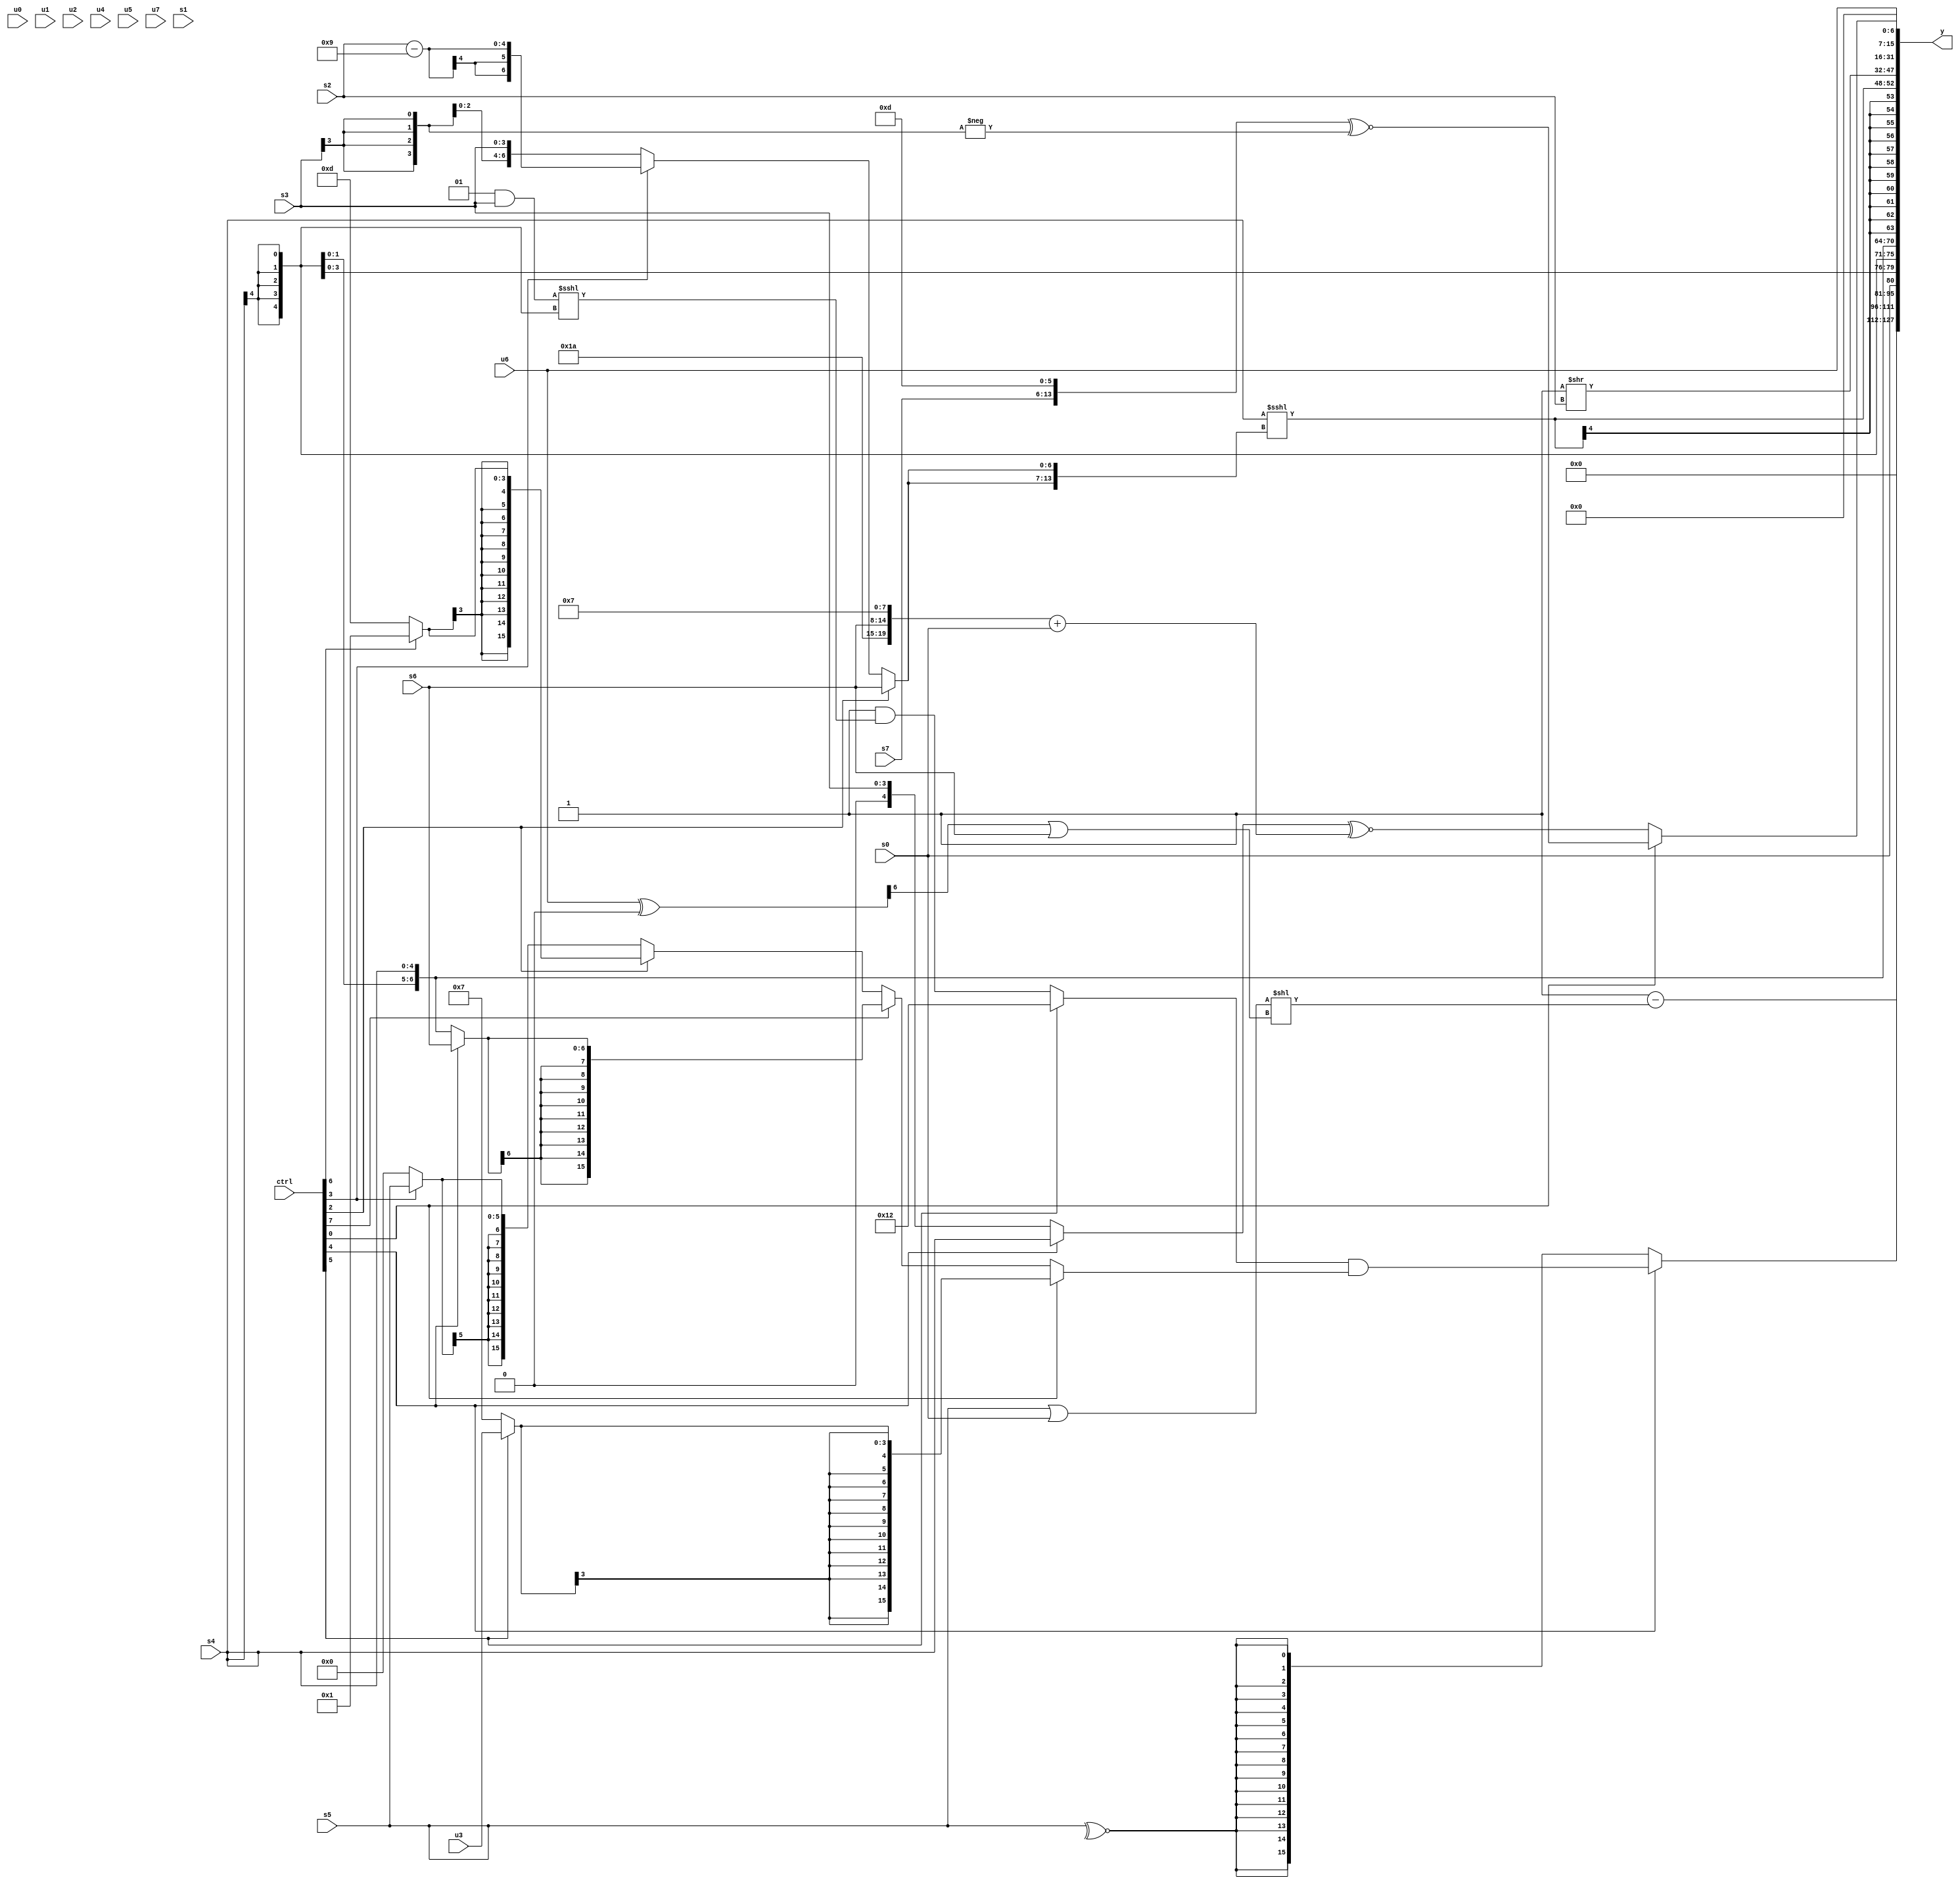
module wideexpr_00876(ctrl, u0, u1, u2, u3, u4, u5, u6, u7, s0, s1, s2, s3, s4, s5, s6, s7, y);
  input [7:0] ctrl;
  input [0:0] u0;
  input [1:0] u1;
  input [2:0] u2;
  input [3:0] u3;
  input [4:0] u4;
  input [5:0] u5;
  input [6:0] u6;
  input [7:0] u7;
  input signed [0:0] s0;
  input signed [1:0] s1;
  input signed [2:0] s2;
  input signed [3:0] s3;
  input signed [4:0] s4;
  input signed [5:0] s5;
  input signed [6:0] s6;
  input signed [7:0] s7;
  output [127:0] y;
  wire [15:0] y0;
  wire [15:0] y1;
  wire [15:0] y2;
  wire [15:0] y3;
  wire [15:0] y4;
  wire [15:0] y5;
  wire [15:0] y6;
  wire [15:0] y7;
  assign y = {y0,y1,y2,y3,y4,y5,y6,y7};
  assign y0 = (ctrl[4]?((ctrl[5]?$signed(-({2{4'sb1110}})):(2'sb11)&(((2'sb01)&(s3))<<<((s4)>>>(6'b111000)))))&((ctrl[0]?$signed((ctrl[5]?$unsigned(u3):(3'b110)+(3'b001))):(ctrl[7]?+((ctrl[4]?s6:s4)):(ctrl[2]?(ctrl[6]?2'sb01:4'sb1101):(ctrl[3]?s5:2'sb00))))):$signed(~^($unsigned(s5))));
  assign y1 = +((1'sb1)-(+(($signed((+(s5))|(s0)))<<({1{((($signed(u6))^(1'sb0))>>>($signed($signed(6'sb101100))))|(s6)}}))));
  assign y2 = &(s0);
  assign y3 = s4;
  assign y4 = $signed((s4)<<<({2{(ctrl[2]?$signed(s6):(ctrl[3]?(+(s2))-(-(+(4'sb0111))):s3))}}));
  assign y5 = (1'b1)>>(s2);
  assign y6 = (ctrl[0]?(+(+({s7,6'b001101})))^~(-($signed((s3)>>>(3'sb100)))):(+((ctrl[4]?s4:s3)))^~(+(({5'sb11010,s6,2'b00,6'sb000111})+(s0))));
  assign y7 = u6;
endmodule